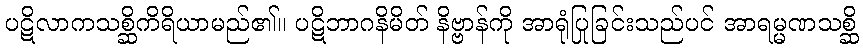
ပဋိလာကသစ္ဆိကိရိယာမည်၏။ ပဋိဘာဂနိမိတ် နိဗ္ဗာန်ကို အာရုံပြုခြင်းသည်ပင် အာရမ္မဏသစ္ဆိ